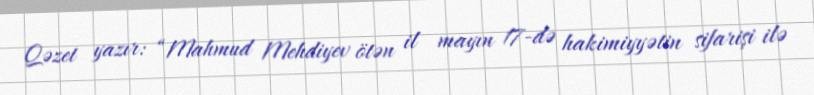
Qəzet yazır: “Mahmud Mehdiyev ötən il mayın 17-də hakimiyyətin sifarişi ilə